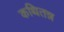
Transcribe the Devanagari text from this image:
कथितन्न